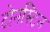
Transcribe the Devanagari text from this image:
टोनस्टिन